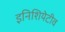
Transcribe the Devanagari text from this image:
इनिशियेटीव